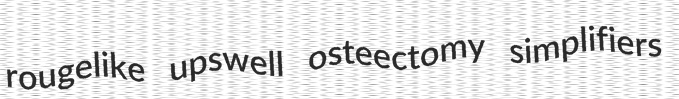
rougelike upswell osteectomy simplifiers